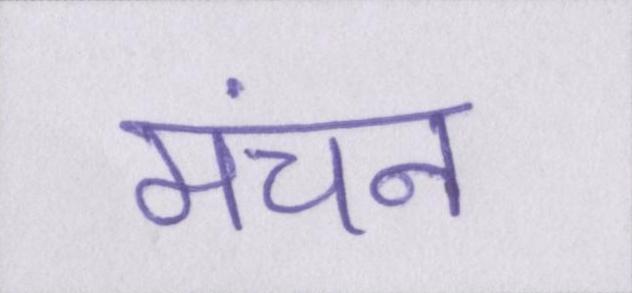
मंचन